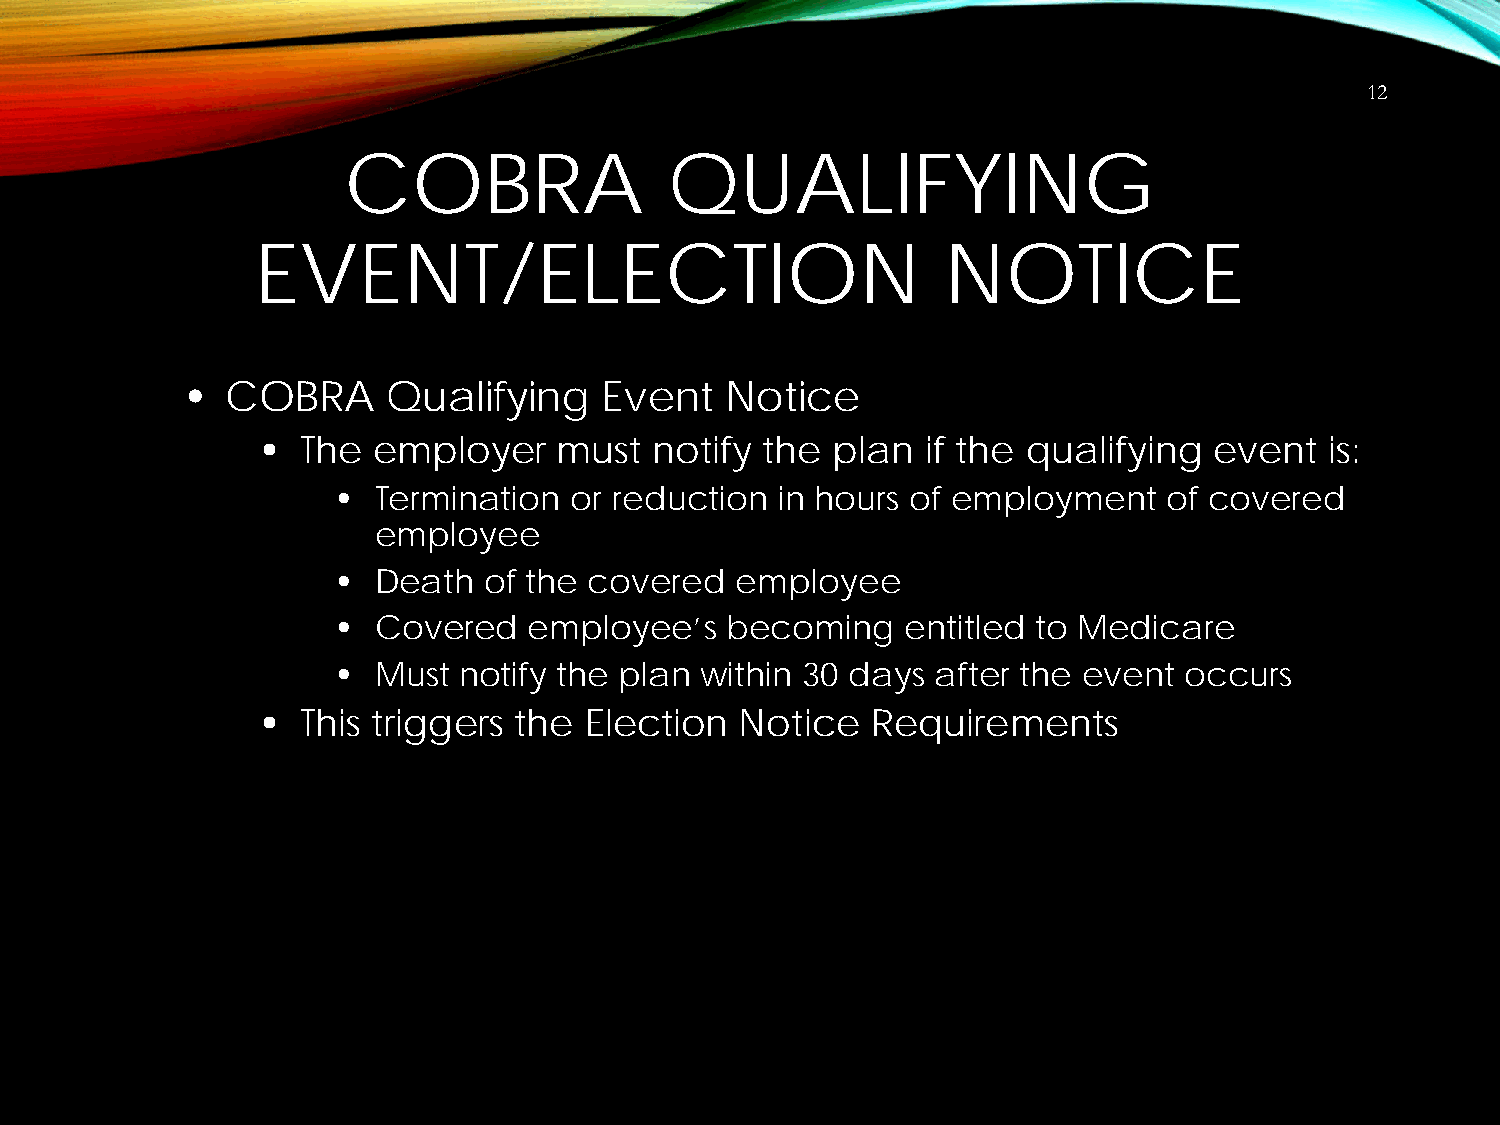
12
 COBRA                QUALIFYING
 EVENT/ELECTION                                NOTICE
 •  COBRA      Qualifying    Event   Notice
 •  The  employer    must  notify  the plan  if the qualifying  event   is:
 •  Termination  or reduction  in hours of employment   of covered
 employee
 •  Death  of the covered   employee
 •  Covered   employee’s   becoming    entitled to Medicare
 •  Must notify the plan within 30 days  after the event occurs
 •  This triggers the  Election  Notice   Requirements